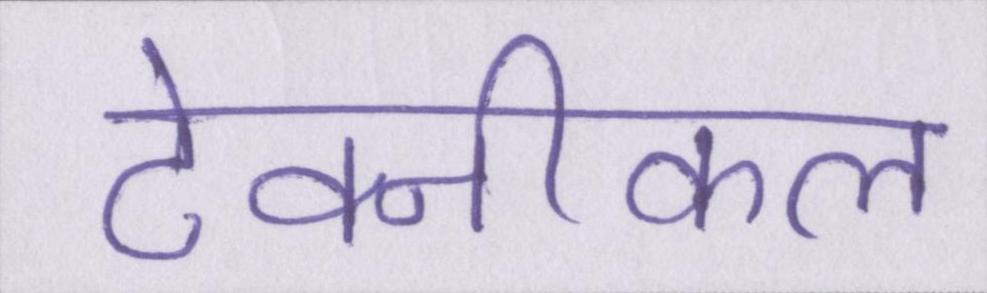
टेक्नीकल